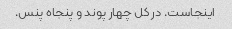
اینجاست. در کل چهار پوند و پنجاه پنس.